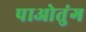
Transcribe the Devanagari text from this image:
पाओतुंग